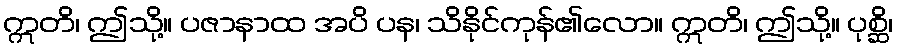
ဣတိ၊ ဤသို့။ ပဇာနာထ အပိ ပန၊ သိနိုင်ကုန်၏လော။ ဣတိ၊ ဤသို့။ ပုစ္ဆိ၊